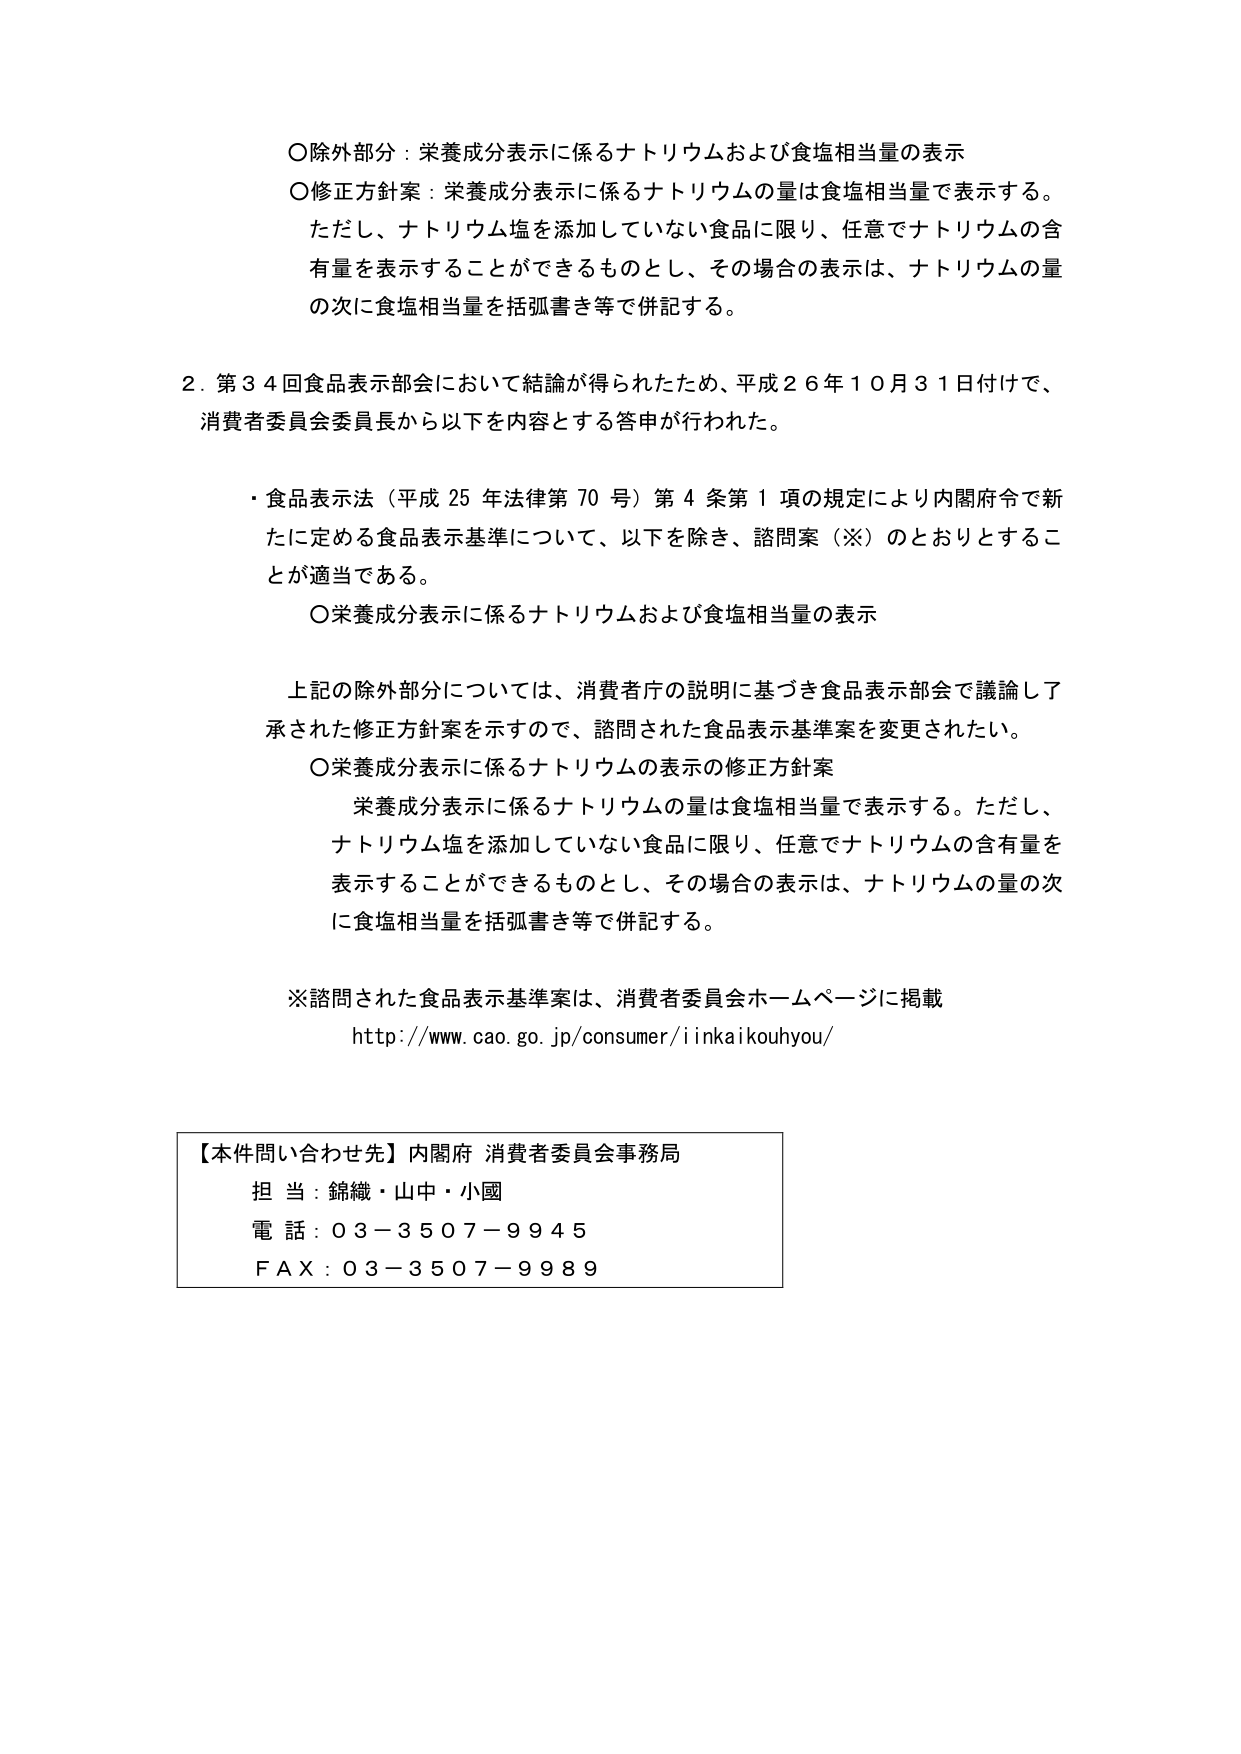
〇除外部分：栄養成分表示に係るナトリウムおよび食塩相当量の表示
〇修正方針案：栄養成分表示に係るナトリウムの量は食塩相当量で表示する。
ただし、ナトリウム塩を添加していない食品に限り、任意でナトリウムの含有量を表示することができるものとし、その場合の表示は、ナトリウムの量の次に食塩相当量を括弧書き等で併記する。

2．第34回食品表示部会において結論が得られたため、平成26年10月31日付けで、消費者委員会委員長から以下を内容とする答申が行われた。

・食品表示法（平成25年法律第70号）第4条第1項の規定により内閣府令で新たに定める食品表示基準について、以下を除き、諮問案（※）のとおりとすることが適当である。
　〇栄養成分表示に係るナトリウムおよび食塩相当量の表示

　上記の除外部分については、消費者庁の説明に基づき食品表示部会で議論して承された修正方針案を示すので、諮問された食品表示基準案を変更されたい。
　〇栄養成分表示に係るナトリウムの表示の修正方針案
　　栄養成分表示に係るナトリウムの量は食塩相当量で表示する。ただし、ナトリウム塩を添加していない食品に限り、任意でナトリウムの含有量を表示することができるものとし、その場合の表示は、ナトリウムの量の次に食塩相当量を括弧書き等で併記する。

※諮問された食品表示基準案は、消費者委員会ホームページに掲載
http://www.cao.go.jp/consumer/iinkaikouhyou/

【本件問い合わせ先】内閣府 消費者委員会事務局
担当：錦織・山中・小國
電話：03-3507-9945
FAX：03-3507-9989